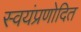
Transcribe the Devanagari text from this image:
स्वयंप्रणोदित